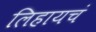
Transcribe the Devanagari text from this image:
लिहायचं